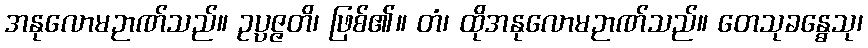
အနုလောမဉာဏ်သည်။ ဥပ္ပဇ္ဇတိ၊ ဖြစ်၏။ တံ၊ ထိုအနုလောမဉာဏ်သည်။ တေသုခန္ဓေသု၊